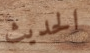
الحديث